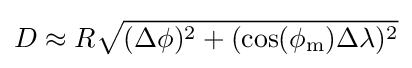
D\approx R{\sqrt {(\Delta \phi )^{2}+(\cos(\phi _{\mathrm {m} })\Delta \lambda )^{2}}}